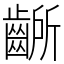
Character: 齭